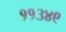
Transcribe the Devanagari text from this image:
११३४९